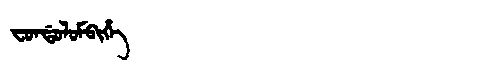
Manchu: ᠸᠣᠨᡩᠣᠯᠣᠮᠪᡳᡥᡝ
Romanization: FONDOLOMBIHE